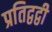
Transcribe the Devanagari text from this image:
प्रतिद्वद्वी